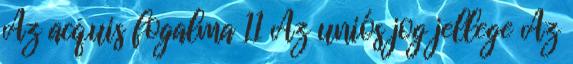
Az acquis fogalma 11 Az uniós jog jellege Az